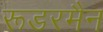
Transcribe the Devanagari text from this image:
रूडरमैन